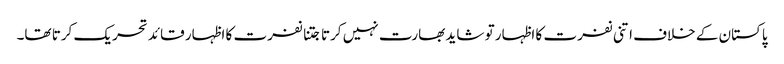
پاکستان کے خلاف اتنی نفرت کا اظہار تو شاید بھارت نہیں کرتا جتنا نفرت کا اظہار قائد تحریک کرتا تھا۔